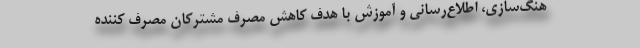
هنگ‌سازی، اطلاع‌رسانی و آموزش با هدف کاهش مصرف مشترکان مصرف کننده